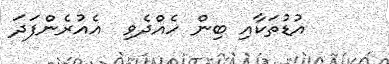
އުޑުތަކާއި ބިން ހެއްދެވި  އެއުރެންފަދަ